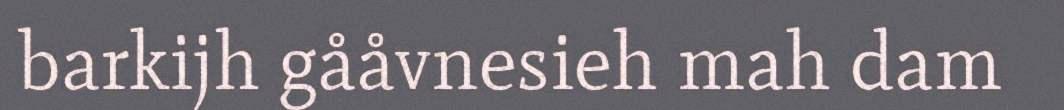
barkijh gååvnesieh mah dam